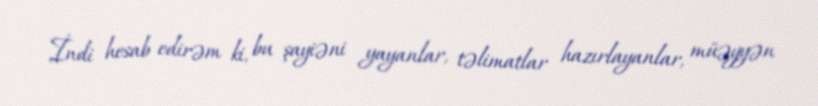
İndi hesab edirəm ki, bu şayiəni yayanlar, təlimatlar hazırlayanlar, müəyyən